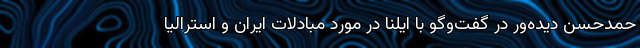
حمدحسن دیده‌ور در گفت‌وگو با ایلنا در مورد مبادلات ایران و استرالیا